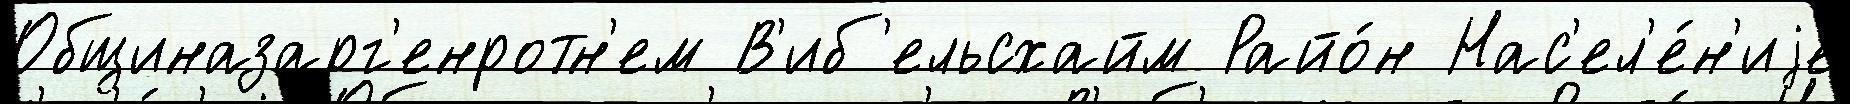
Общиназарг'енротн'ем В'иб'ельсхайм Райо́н Нас'ел'е́н'иjе